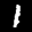
Label: 1